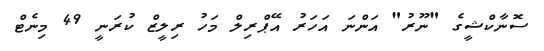
ސޮނާކްޝީގެ "ނޫރު" އަންނަ އަހަރު އޭޕްރިލް މަހު ރިލީޒް ކުރަނީ 49 މިނެޓް